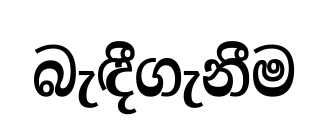
බැඳීගැනීම